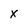
Character: x